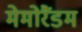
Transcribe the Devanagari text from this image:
मेमोरैंडम